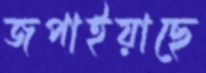
জপাইয়াছে